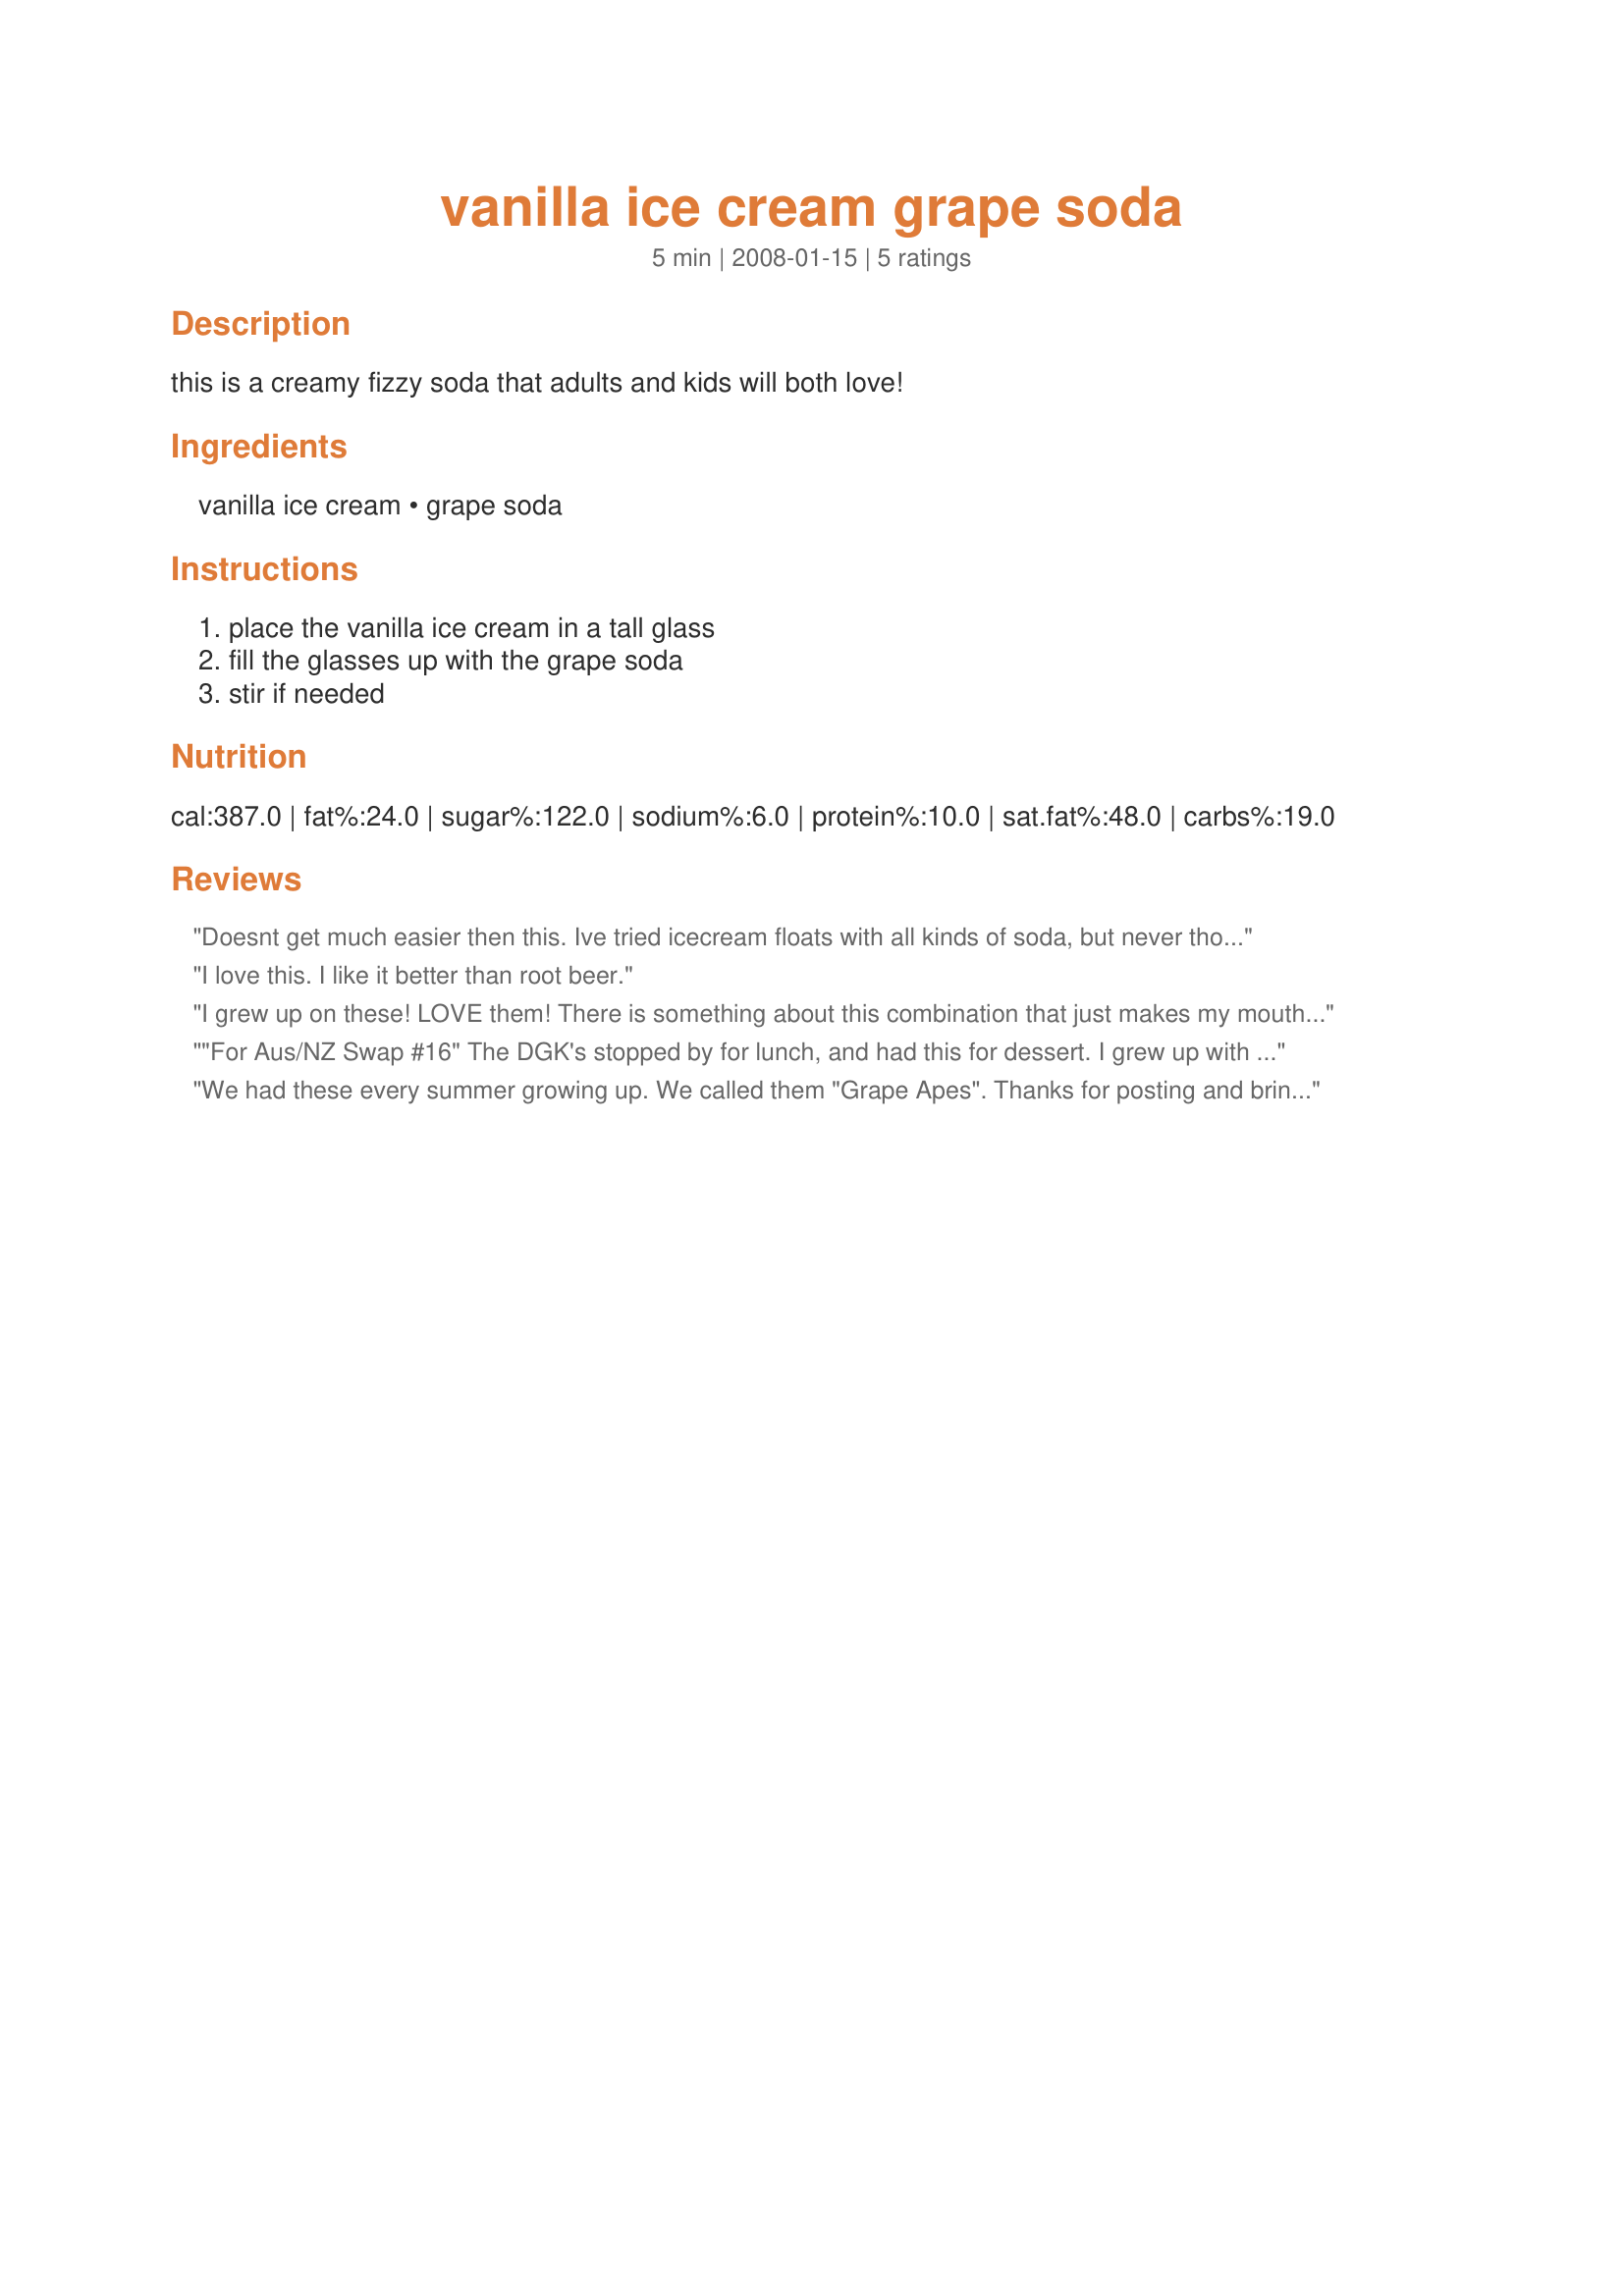
vanilla ice cream grape soda
Preparation time: 5 minutes

this is a creamy fizzy soda that adults and kids will both love!

Ingredients:
vanilla ice cream, grape soda

Steps:
place the vanilla ice cream in a tall glass, fill the glasses up with the grape soda, stir if needed

Reviews:
Doesnt get much easier then this. Ive tried icecream floats with all kinds of soda, but never thought about a fruity one. Only thing is I used more like two cups of icecream and less soda (the foam that forms drives me nuts lol). Id also like to try it with orange soda now too. Thanks for a great Idea.
I love this. I like it better than root beer.
I grew up on these! LOVE them! There is something about this combination that just makes my mouth water. The color is beautiful as well. I prefer Welchs grape soda for this. I think I now need to go to the store and buy some!
"For Aus/NZ Swap #16" The DGK's stopped by for lunch, and had this for dessert. I grew up with Brown Cows -- root beer and ice cream. Guess they had Purple Cows ! They thought it was a cool drink and will fix for their friends at holiday picnic. Was a tad too sweet for me. Thanks, Red Chef Mama, an idea without limits !
We had these every summer growing up. We called them "Grape Apes". Thanks for posting and bringing back great memories!
